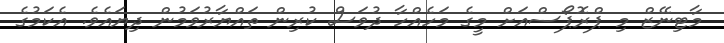
މާޓިނޭޒް މި ޕްރޮޕޯސްއަށް މީގެ މަހެއްހާ ދުވަސް ކުރިން ތައްޔާރުވަމުން ދިޔައެވެ. އެކަމުގެ